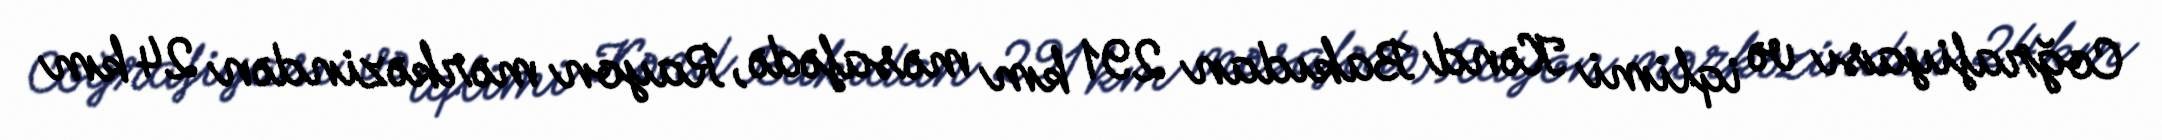
Coğrafiyası və iqlimi Kənd Bakıdan 291 km məsafədə, Rayon mərkəzindən 24 km